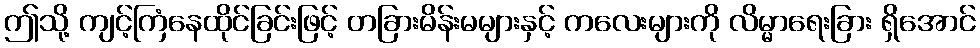
ဤသို့ ကျင့်ကြံနေထိုင်ခြင်းဖြင့် တခြားမိန်းမများနှင့် ကလေးများကို လိမ္မာရေးခြား ရှိအောင်